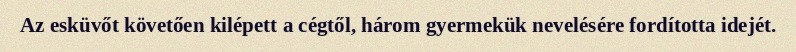
Az esküvőt követően kilépett a cégtől, három gyermekük nevelésére fordította idejét.